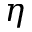
\eta